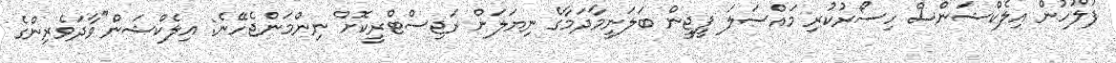
ފުލުހުން އިލެކްޝަންސް ހިސޯރުކުރި މައްސަލަ ޕީޖީން ބަލަނީމާދަމާގެ ނިޔަލަށް ރަޖިސްޓްރީކޮށް ނިންމަންޖެހޭނެ: އިލެކްޝަން"ވާދަވެރިންގެ